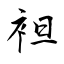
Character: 袒